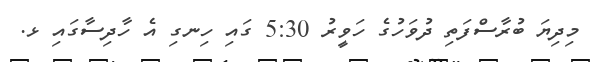
މިދިޔަ ބުރާސްފަތި ދުވަހުގެ ހަވީރު 5:30 ގައި ހިނގި އެ ހާދިސާގައި ޅ.